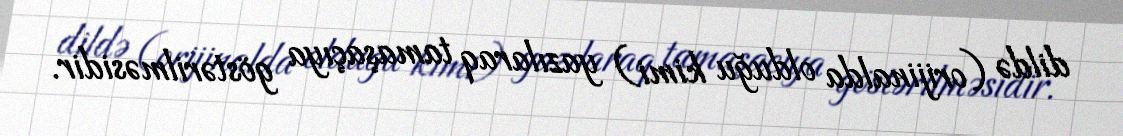
dildə (orijinalda olduğu kimi) yazılaraq tamaşaçıya göstərilməsidir.